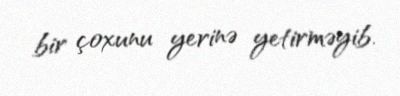
bir çoxunu yerinə yetirməyib.